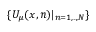
\{ U _ { \mu } ( { \boldsymbol { x } } , n ) | _ { n = 1 , . . , N } \}